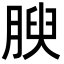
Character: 腴